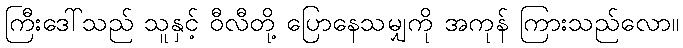
ကြီးဒေါ်သည် သူနှင့် ဝီလီတို့ ပြောနေသမျှကို အကုန် ကြားသည်လော။